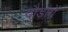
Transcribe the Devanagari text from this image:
दौड़ायें